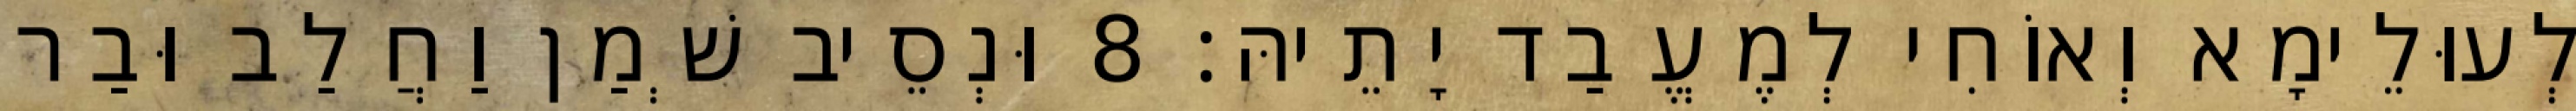
לְעוּלֵימָא וְאוֹחִי לְמֶעֱבַד יָתֵיהּ׃ 8 וּנְסֵיב שְׁמַן וַחֲלַב וּבַר